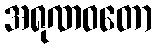
အရုဏဝတော